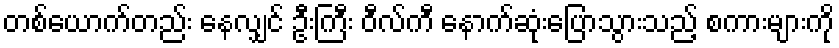
တစ်ယောက်တည်း နေလျှင် ဦးကြီး ဝီလ်ကီ နောက်ဆုံးပြောသွားသည့် စကားများကို